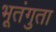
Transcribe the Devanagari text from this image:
भूतंगुता